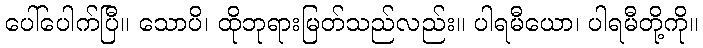
ပေါ်ပေါက်ပြီ။ သောပိ၊ ထိုဘုရားမြတ်သည်လည်း။ ပါရမီယော၊ ပါရမီတို့ကို။